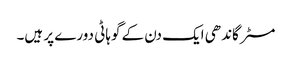
مسٹر گاندھی ایک دن کے گوہاٹی دورے پر ہیں۔